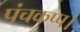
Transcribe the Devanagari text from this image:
पंचकप्प।